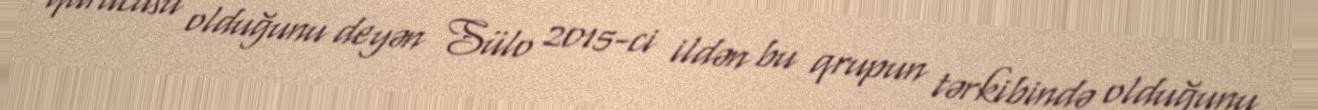
qurucusu olduğunu deyən Sülo 2015-ci ildən bu qrupun tərkibində olduğunu